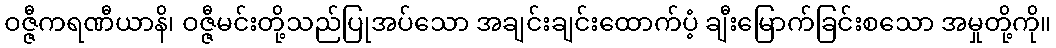
ဝဇ္ဇီကရဏီယာနိ၊ ဝဇ္ဇီမင်းတို့သည်ပြုအပ်သော အချင်းချင်းထောက်ပံ့ ချီးမြောက်ခြင်းစသော အမှုတို့ကို။